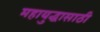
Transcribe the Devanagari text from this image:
महायुद्धासाठी